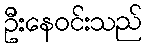
ဦးနေဝင်းသည်